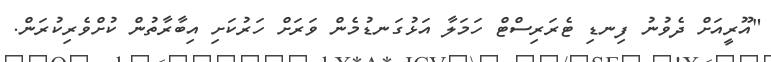
"އޫރީއަށް ދެވުނު ފިނޑި ޓެރަރިސްޓް ހަމަލާ އަޅުގަނޑުމެން ވަރަށް ހަރުކަށި އިބާރާތުން ކުށްވެރިކުރަން.